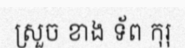
ស្រួច ខាង ទ័ព កុរុ